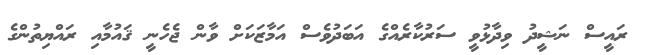
ރައީސް ނަޝީދު ވިދާޅުވީ ސަރުކާރެއްގެ އަބަދުވެސް އަމާޒަކަށް ވާން ޖެހެނީ ޤައުމާއި ރައްޔިތުންގެ